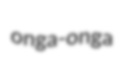
onga-onga